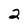
Character: 2